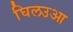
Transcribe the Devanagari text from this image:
घिलउआ